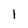
Character: 1